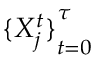
{ \{ X _ { j } ^ { t } \} } _ { t = 0 } ^ { \tau }